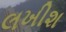
લખીશ